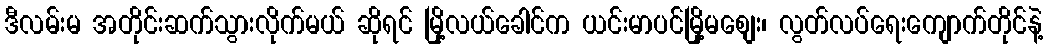
ဒီလမ်းမ အတိုင်းဆက်သွားလိုက်မယ် ဆိုရင် မြို့လယ်ခေါင်က ယင်းမာပင်မြို့မစျေး၊ လွတ်လပ်ရေးကျောက်တိုင်နဲ့